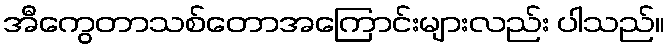
အီကွေတာသစ်တောအကြောင်းများလည်း ပါသည်။